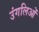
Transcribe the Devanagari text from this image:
उंगलिओं